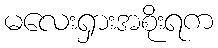
မလေးရှားအစိုးရက